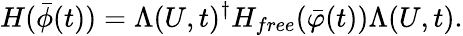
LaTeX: H(\bar{\phi}(t))=\Lambda(U,t)^{\dagger}H_{free}(\bar{\varphi}(t))\Lambda(U,t).